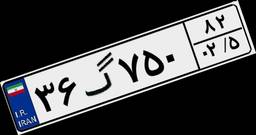
۳۶گ۷۵۰۸۲